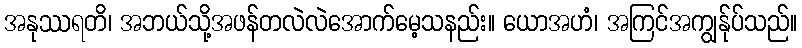
အနုဿရတိ၊ အဘယ်သို့အဖန်တလဲလဲအောက်မေ့သနည်း။ ယောအဟံ၊ အကြင်အကျွန်ုပ်သည်။